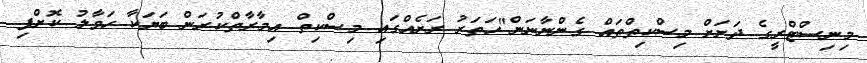
މިނިސްޓްރީގެ ދަށަށް މިސްކިތްތައް ގެންނާނަން"ހަތަރު ރަށެއްގައި މިސްކިތް އިމާރާތްކުރަން ބަޔަކާ ހަވާލު ކޮށްފި